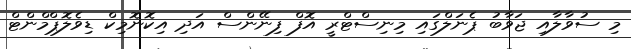
މި ސުވާލާއި ޖަވާބު ޕެނަލްގައި މިނިސްޓްރީ އޮފް ފިނޭންސް އަދި އިކޮނޮމިކް ޑިވެލޮޕްމްންޓް